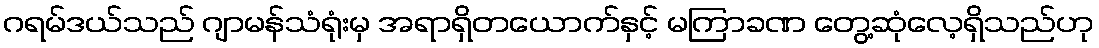
ဂရမ်ဒယ်သည် ဂျာမန်သံရုံးမှ အရာရှိတယောက်နှင့် မကြာခဏ တွေ့ဆုံလေ့ရှိသည်ဟု